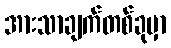
အားသာချက်တစ်ခုမှာ